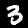
Digit: 3